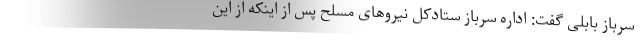
سرباز بابلی گفت: اداره سرباز ستادکل نیروهای مسلح پس از اینکه از این